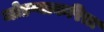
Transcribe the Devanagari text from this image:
जोडप्याकरिता